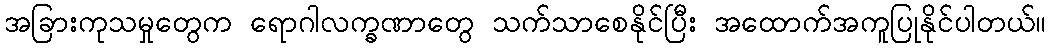
အခြားကုသမှုတွေက ရောဂါလက္ခဏာတွေ သက်သာစေနိုင်ပြီး အထောက်အကူပြုနိုင်ပါတယ်။